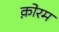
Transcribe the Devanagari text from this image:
क़ोरम